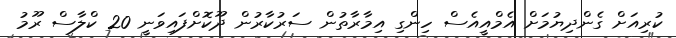
ކުރިއަށް ގެންދިޔުމަށް އެމްއީއެސް ހިންގި އިމާރާތުން ސަރުކާރުން ދޫކޮށްފައިވަނީ 20 ކްލާސް ރޫމު